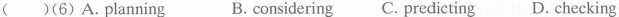
( )(6)A.Planning B.considering C. Predicting D. Checking